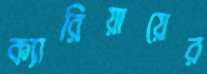
ক্যারিয়ায়ের